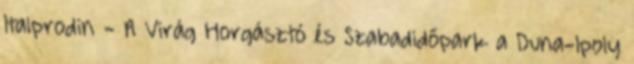
Italprodin - A Virág Horgásztó és Szabadidőpark a Duna-Ipoly